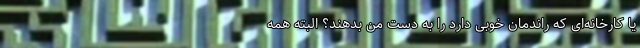
یا کارخانه‌ای که راندمان خوبی دارد را به دست من بدهند؟ البته همه